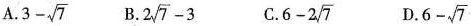
A.$$3- \sqrt{7}$$ B.$$2 \sqrt{7}-3$$ C. $$6-2 \sqrt{7}$$ D. $$6- \sqrt{7}$$